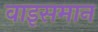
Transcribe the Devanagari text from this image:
वाइसमान